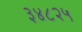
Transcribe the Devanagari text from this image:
३४८२५